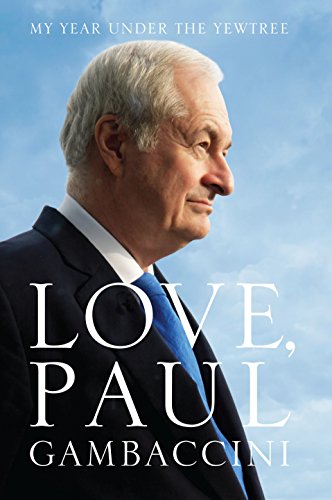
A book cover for Love, Paul Gambaccini: My Year Under the Yewtree; Paul Gambaccini; Politics & Social Sciences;